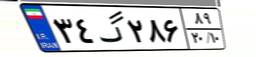
۹۶گ۱۳۵۶۶